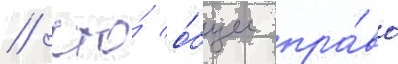
/ что́ о́бщее пра́во